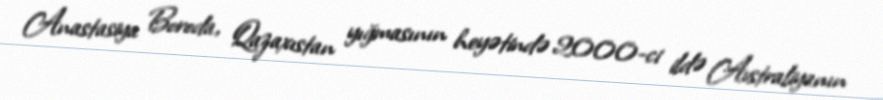
Anastasiya Boroda, Qazaxıstan yığmasının heyətində 2000-ci ildə Avstraliyanın